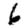
Digit: 6